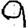
Digit: 9